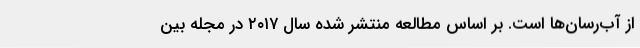
از آب‌رسان‌ها است. بر اساس مطالعه منتشر شده سال ۲۰۱۷ در مجله بین‌